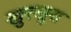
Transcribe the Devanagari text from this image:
खुरखुरा